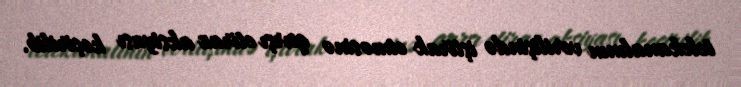
telekanalının verilişində iştirak etməsinə qarşı etiraz aksiyası keçirilib.